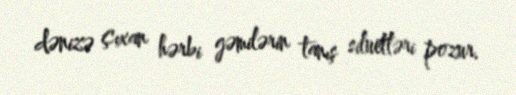
dənizə çıxan hərbi gəmilərin tanış siluetləri pozur.